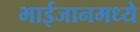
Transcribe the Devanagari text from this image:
भाईजानमध्ये